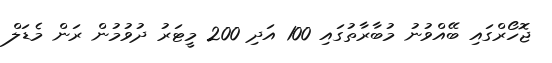
ޖޮހޯރްގައި ބޭއްވުނު މުބާރާތުގައި 100 އަދި 200 މީޓަރު ދުވުމުން ރަން މެޑަލް